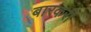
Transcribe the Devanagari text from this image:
बारकरी